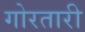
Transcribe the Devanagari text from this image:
गोरतारी